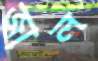
জাল